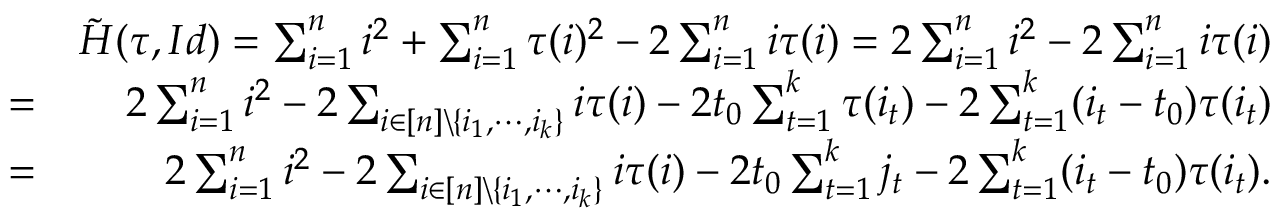
\begin{array} { r l r } & { } & { \tilde { H } ( \tau , I d ) = \sum _ { i = 1 } ^ { n } i ^ { 2 } + \sum _ { i = 1 } ^ { n } \tau ( i ) ^ { 2 } - 2 \sum _ { i = 1 } ^ { n } i \tau ( i ) = 2 \sum _ { i = 1 } ^ { n } i ^ { 2 } - 2 \sum _ { i = 1 } ^ { n } i \tau ( i ) } \\ & { = } & { 2 \sum _ { i = 1 } ^ { n } i ^ { 2 } - 2 \sum _ { i \in [ n ] \backslash \{ i _ { 1 } , \cdots , i _ { k } \} } i \tau ( i ) - 2 t _ { 0 } \sum _ { t = 1 } ^ { k } \tau ( i _ { t } ) - 2 \sum _ { t = 1 } ^ { k } ( i _ { t } - t _ { 0 } ) \tau ( i _ { t } ) } \\ & { = } & { 2 \sum _ { i = 1 } ^ { n } i ^ { 2 } - 2 \sum _ { i \in [ n ] \backslash \{ i _ { 1 } , \cdots , i _ { k } \} } i \tau ( i ) - 2 t _ { 0 } \sum _ { t = 1 } ^ { k } j _ { t } - 2 \sum _ { t = 1 } ^ { k } ( i _ { t } - t _ { 0 } ) \tau ( i _ { t } ) . } \end{array}